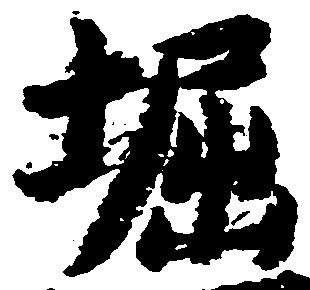
堀